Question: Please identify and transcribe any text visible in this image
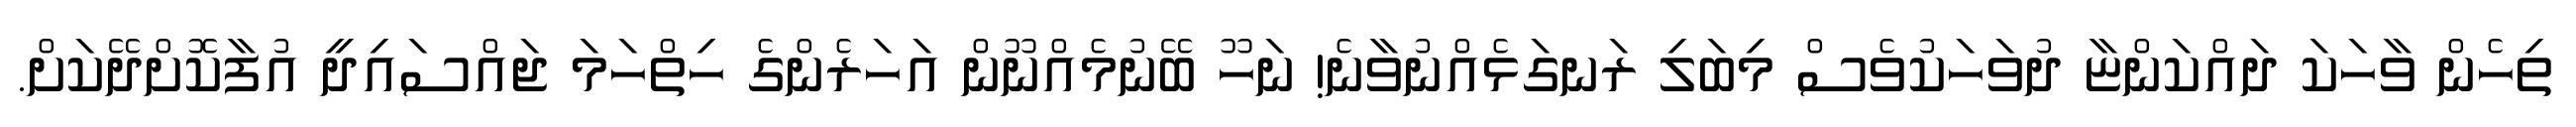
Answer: ތިހެން ވާހަކަ ދައްކަންޏާ ދުވަހަކުވެސް މިބަލި ރަނގަޅެއްނުވާނެ! ނަހޫ ބޭނުމެއްނޫން އަހަރެންގެ ހިތްހަމަ ޖައްސައިދީ އުފާކޮށްދޭކަށް.